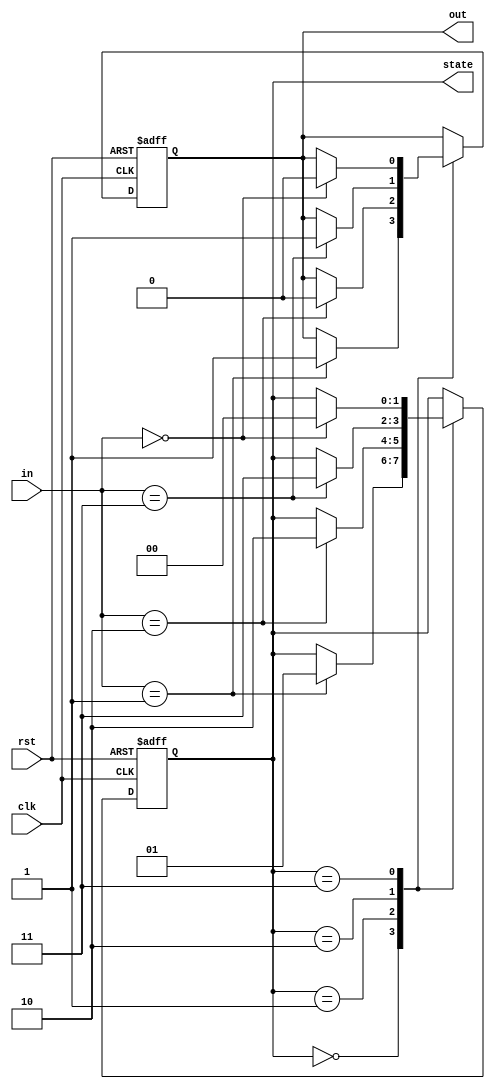
module state_machine (
    input wire clk,          // Clock signal
    input wire rst,          // Reset signal
    input wire [1:0] in,     // 2-bit input signal
    output reg [1:0] state,   // 2-bit state output
    output reg out           // Output signal based on state
);

    // State encoding
    localparam STATE_0 = 2'b00;
    localparam STATE_1 = 2'b01;
    localparam STATE_2 = 2'b10;
    localparam STATE_3 = 2'b11;

    // Sequential logic block, sensitive to the positive edge of the clock
    always @(posedge clk or posedge rst) begin
        if (rst) begin
            // Reset condition: initialize state and output
            state <= STATE_0;
            out <= 1'b0;
        end else begin
            // State update logic based on current state and input
            case (state)
                STATE_0: begin
                    if (in == 2'b01) begin
                        state <= STATE_1;
                        out <= 1'b1; // Output based on the transition
                    end
                end
                STATE_1: begin
                    if (in == 2'b10) begin
                        state <= STATE_2;
                        out <= 1'b0;
                    end
                end
                STATE_2: begin
                    if (in == 2'b11) begin
                        state <= STATE_3;
                        out <= 1'b1;
                    end
                end
                STATE_3: begin
                    if (in == 2'b00) begin
                        state <= STATE_0;
                        out <= 1'b0;
                    end
                end
                default: begin
                    state <= STATE_0; // Default case to avoid latches
                    out <= 1'b0;
                end
            endcase
        end
    end

endmodule